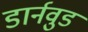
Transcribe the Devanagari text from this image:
डार्नवुड